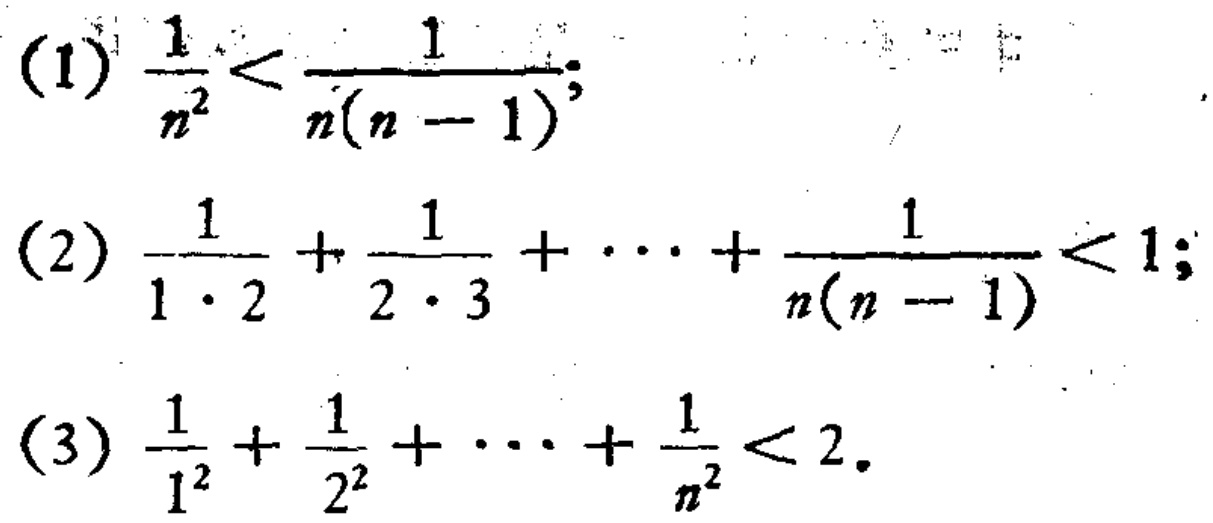
(1) \(\frac{1}{n^{2}}<\frac{1}{n(n - 1)}\);
(2) \(\frac{1}{1\cdot2}+\frac{1}{2\cdot3}+\cdots+\frac{1}{n(n - 1)}<1\);
(3) \(\frac{1}{1^{2}}+\frac{1}{2^{2}}+\cdots+\frac{1}{n^{2}}<2\).